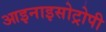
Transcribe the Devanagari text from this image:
आइनाइसोट्रोपी